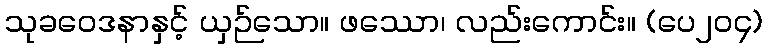
သုခဝေဒနာနှင့် ယှဉ်သော။ ဖဿော၊ လည်းကောင်း။ (ပေ၂၀၄)